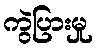
ကွဲပြားမှု